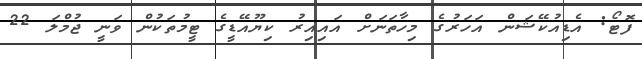
ފޮޓޯ: އެޑިއުކޭޝަން އަހަރުގެ މިހާތަނަށް އައިއިރު ކިޔޫއޭޑީގެ ޓީމުތަކުން ވަނީ ޖުމްލަ 22